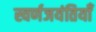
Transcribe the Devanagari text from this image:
स्वर्णजयंतियाँ